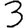
Digit: 3